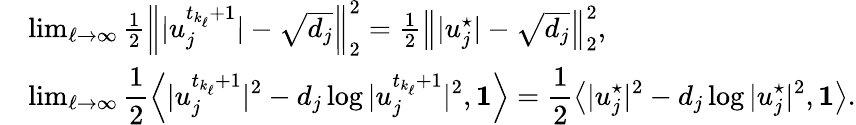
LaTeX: \begin{array}{rl}&{\operatorname*{lim}_{\ell\rightarrow\infty}\frac{1}{2}\left\| |u_{j}^{t_{k_{\ell}}+1}|-\sqrt{d_{j}}\right\| _{2}^{2}=\frac{1}{2}\left\| |u_{j}^{\star}|-\sqrt{d_{j}}\right\| _{2}^{2},}\\ &{\operatorname*{lim}_{\ell\rightarrow\infty}\displaystyle\frac{1}{2}\left\langle|u_{j}^{t_{k_{\ell}}+1}|^{2}-d_{j}\log|u_{j}^{t_{k_{\ell}}+1}|^{2},\mathbf{1}\right\rangle=\displaystyle\frac{1}{2}\left\langle|u_{j}^{\star}|^{2}-d_{j}\log|u_{j}^{\star}|^{2},\mathbf{1}\right\rangle.}\end{array}